Account of plague administration in the Bombay Presidency from September 1896 till May 1897
Year: 1896
Disease focus: Plague
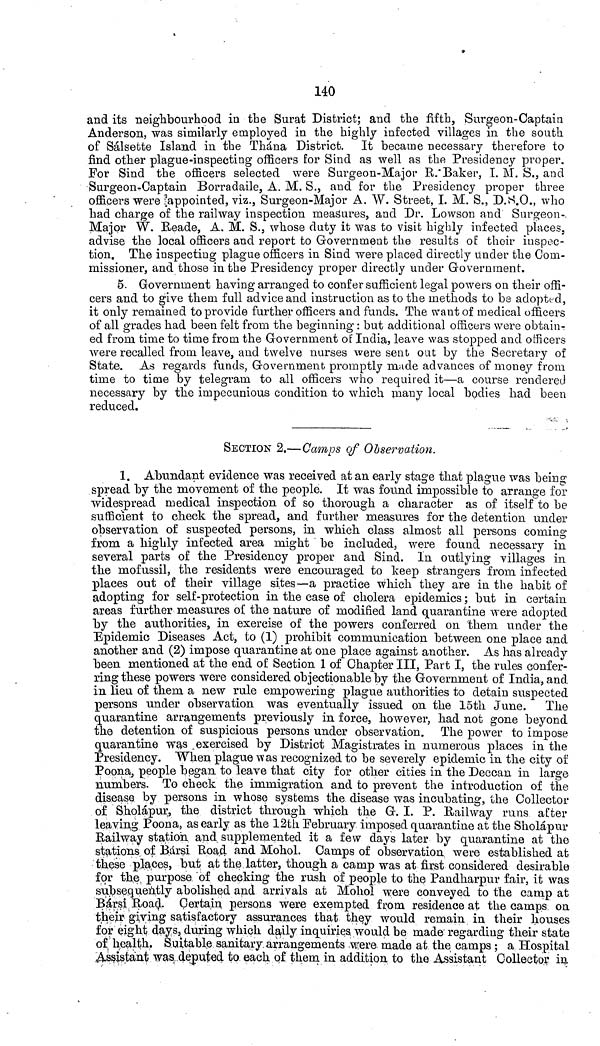
140
and its neighbourhood in the Surat District; and the fifth, Surgeon-Captain
Anderson, was similarly employed in the highly infected villages in the south
of Sálsette Island in the Thána District. It became necessary therefore to
find other plague-inspecting officers for Sind as well as the Presidency proper.
For Sind the officers selected were Surgeon-Major R:Baker, I. M. S., and
Surgeon-Captain Borradaile, A. M. S., and for the Presidency proper three
officers were appointed, viz., Surgeon-Major A. W. Street, I. M. S., D.S.O., who
had charge of the railway inspection measures, and Dr. Lowson and Surgeon-
Major W. Reade, A. M. S., whose duty it was to visit highly infected places,
advise the local officers and report to Government the results of their inspec-
tion. The inspecting plague officers in Sind were placed directly under the Com-
missioner, and those in the Presidency proper directly under Government.
5. Government having arranged to confer sufficient legal powers on their offi-
cers and to give them full advice and instruction as to the methods to be adopted,
it only remained to provide further officers and funds. The want of medical officers
of all grades had been felt from the beginning : but additional officers were obtain-
ed from time to time from the Government of India, leave was stopped and officers
were recalled from leave, and twelve nurses were sent out by the Secretary of
State. As regards funds, Government promptly made advances of money from
time to time by telegram to all officers who required it—a course rendered
necessary by the impecunious condition to which many local bodies had been
reduced.
SECTION 2.—Camps of Observation.
1. Abundant evidence was received at an early stage that plague was being
spread by the movement of the people. It was found impossible to arrange for
widespread medical inspection of so thorough a character as of itself to be
sufficient to check the spread, and further measures for the detention under
observation of suspected persons, in which class almost all persons coming
from a highly infected area might be included, were found necessary in
several parts of the Presidency proper and Sind. In outlying villages in
the mofussil, the residents were encouraged to keep strangers from infected
places out of their village sites—a practice which they are in the habit of
adopting for self-protection in the case of cholera epidemics ; but in certain
areas further measures of the nature of modified land quarantine were adopted
by the authorities, in exercise of the powers conferred on 'them under the
Epidemic Diseases Act, to (1) prohibit communication between one place and
another and (2) impose quarantine at one place against another. As has already
been mentioned at the end of Section 1 of Chapter III, Part I, the rules confer-
ring these powers were considered objectionable by the Government of India, and
in lieu of them a new rule empowering plague authorities to detain suspected
persons under observation was eventually issued on the 15th June. The
quarantine arrangements previously in force, however, had not gone beyond
the detention of suspicious persons under observation. The power to impose
quarantine was .exercised by District Magistrates in numerous places in the
Presidency. When plague was recognized to be severely epidemic in the city of
Poona, people began to leave that city for other cities in the Deccan in large
numbers. To check the immigration and to prevent the introduction of the
disease by persons in whose systems the disease was incubating, the Collector
of Sholápur, the district through which the G. I. P. Railway runs after
leaving Poona, as early as the 12th February imposed quarantine at the Sholápur
Railway station and supplemented it a few days later by quarantine at the
stations of Bársi Road and Mohol. Camps of observation were established at
these places, but at the latter, though a camp was at first considered desirable
for the purpose of checking the rush of people to the Pandharpur fair, it was
subsequently abolished and arrivals at Mohol were conveyed to the camp at
Bársi Road. Certain persons were exempted from residence at the camps on
their giving satisfactory assurances that they would remain in their houses
for eight days, during which daily inquiries would be made regarding their state
of health. Suitable sanitary arrangements were made at the camps ; a Hospital
Assistant was deputed to each of them in addition to the Assistant Collector in